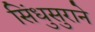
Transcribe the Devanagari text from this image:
सिंधुसुराने